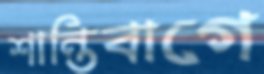
শান্তিবাগে